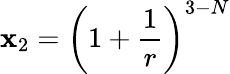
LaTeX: \mathbf{x}_{2}=\left(1+\frac{{1}}{{r}}\right)^{3-N}